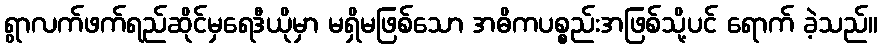
ရွာလက်ဖက်ရည်ဆိုင်မှရေဒီယိုမှာ မရှိမဖြစ်သော အဓိကပစ္စည်းအဖြစ်သို့ပင် ရောက် ခဲ့သည်။